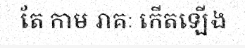
តែ កាម រាគៈ កើតឡើង